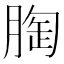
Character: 𮌚